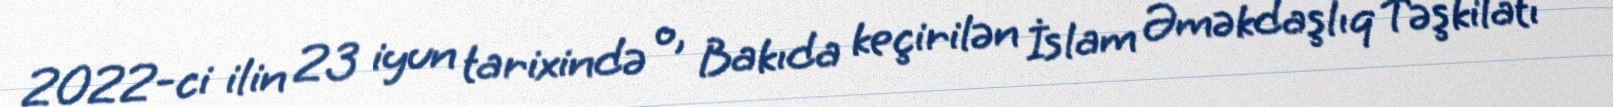
2022-ci ilin 23 iyun tarixində o, Bakıda keçirilən İslam Əməkdaşlıq Təşkilatı